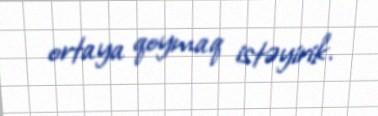
ortaya qoymaq istəyirik.